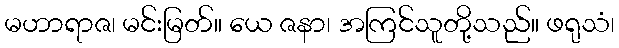
မဟာရာဇ၊ မင်းမြတ်။ ယေ ဇနာ၊ အကြင်သူတို့သည်။ ဖရုသံ၊